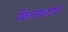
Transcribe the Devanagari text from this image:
किलफाइल